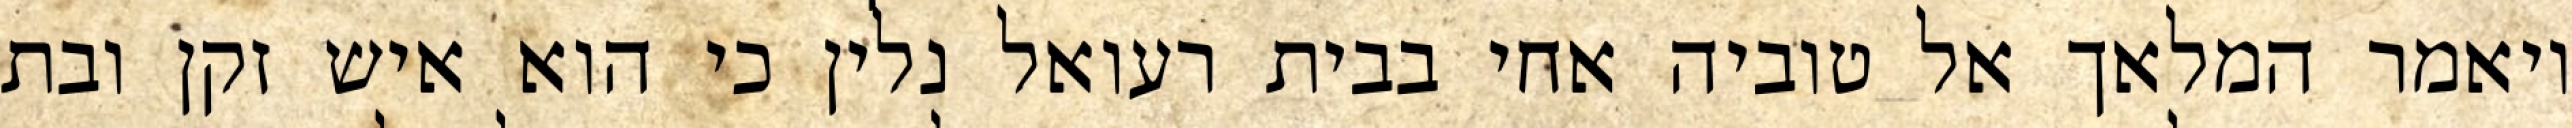
ויאמר המלאך אל טוביה אחי בבית רעואל נלין כי הוא איש זקן ובת